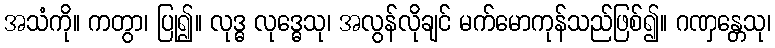
အသံကို။ ကတွာ၊ ပြု၍။ လုဒ္ဓ လုဒ္ဓေသု၊ အလွန်လိုချင် မက်မောကုန်သည်ဖြစ်၍။ ဂဏှန္တေသု၊